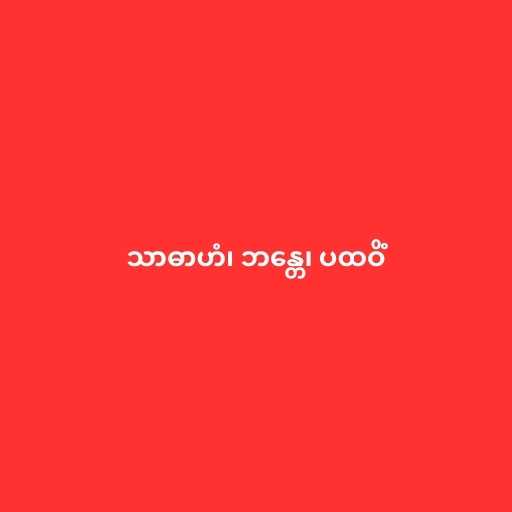
သာဓာဟံ၊ ဘန္တေ၊ ပထဝိံ